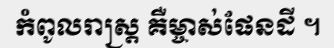
កំពូលរាស្ត្រ គឺម្ចាស់ផែនដី ។